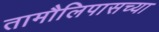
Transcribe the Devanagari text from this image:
तामौलिपासच्या